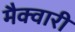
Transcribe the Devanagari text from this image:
मैक्वारी